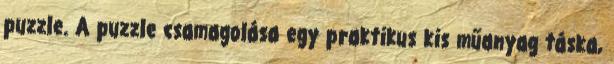
puzzle. A puzzle csamagolása egy praktikus kis műanyag táska,